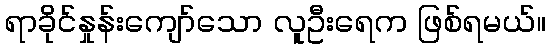
ရာခိုင်နှုန်းကျော်သော လူဦးရေက ဖြစ်ရမယ်။